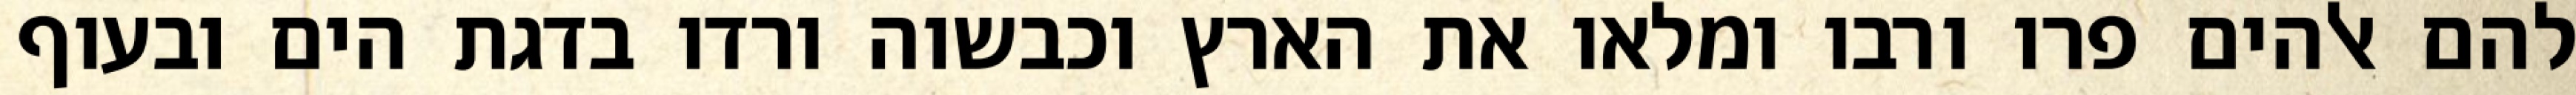
להם אלהים פרו ורבו ומלאו את הארץ וכבשוה ורדו בדגת הים ובעוף